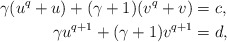
\begin{align*}\gamma (u^q + u) + (\gamma+1) (v^q + v) &= c,\\\gamma u^{q+1} + (\gamma+1) v^{q+1} &= d,\end{align*}